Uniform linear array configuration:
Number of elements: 24
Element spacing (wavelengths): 0.25
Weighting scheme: uniform
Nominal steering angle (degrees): -30
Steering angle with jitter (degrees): -31.061
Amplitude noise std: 0.05
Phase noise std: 0.05

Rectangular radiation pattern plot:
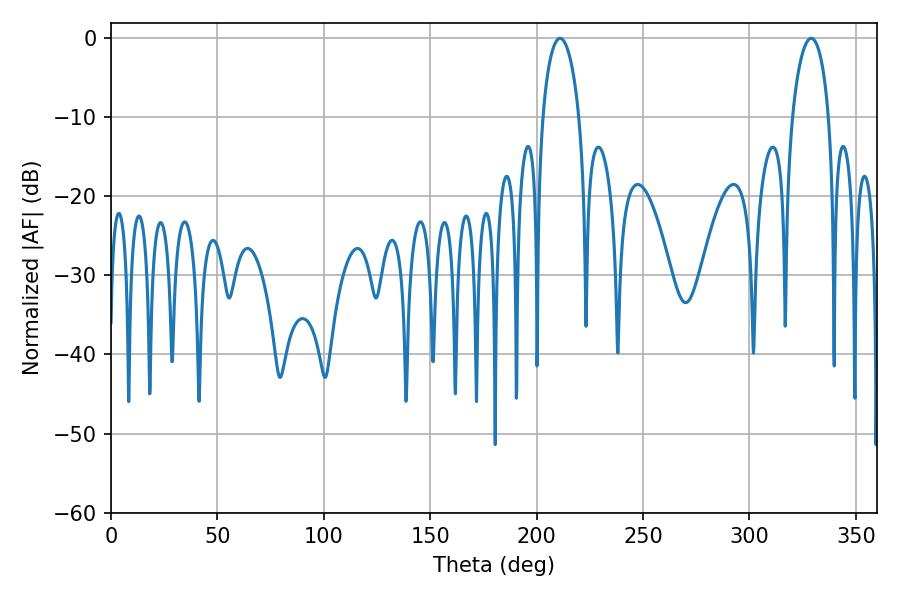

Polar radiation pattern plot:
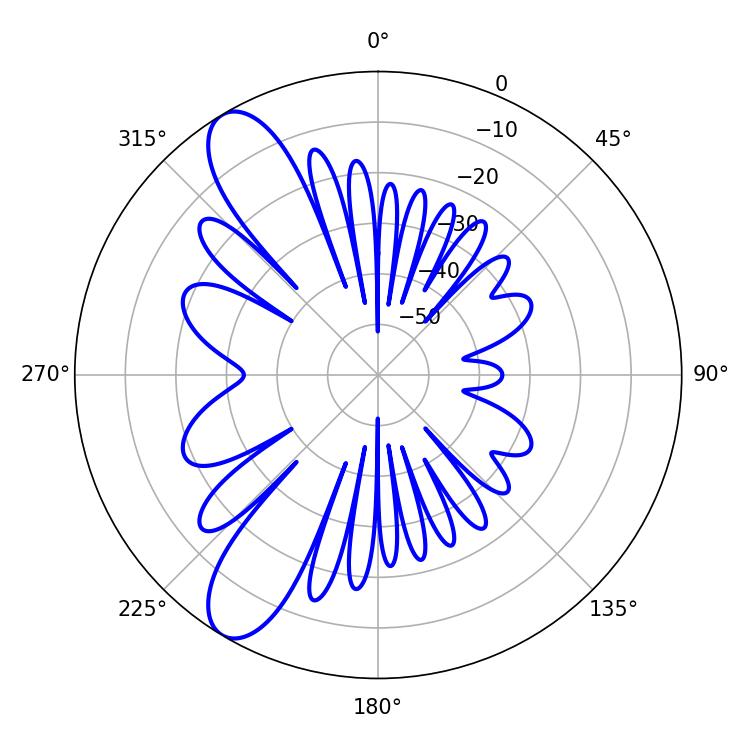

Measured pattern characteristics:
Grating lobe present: FALSE
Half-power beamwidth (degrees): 9.72
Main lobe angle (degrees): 210.96